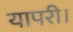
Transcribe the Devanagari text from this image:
यापरी।